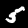
Digit: 5